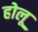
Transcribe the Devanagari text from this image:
होलू